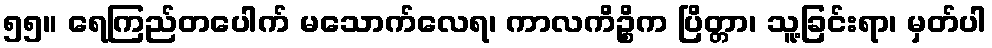
၅၅။ ရေကြည်တပေါက် မသောက်လေရ၊ ကာလကိဉ္စိက ပြိတ္တာ၊ သူ့ခြင်းရာ၊ မှတ်ပါ